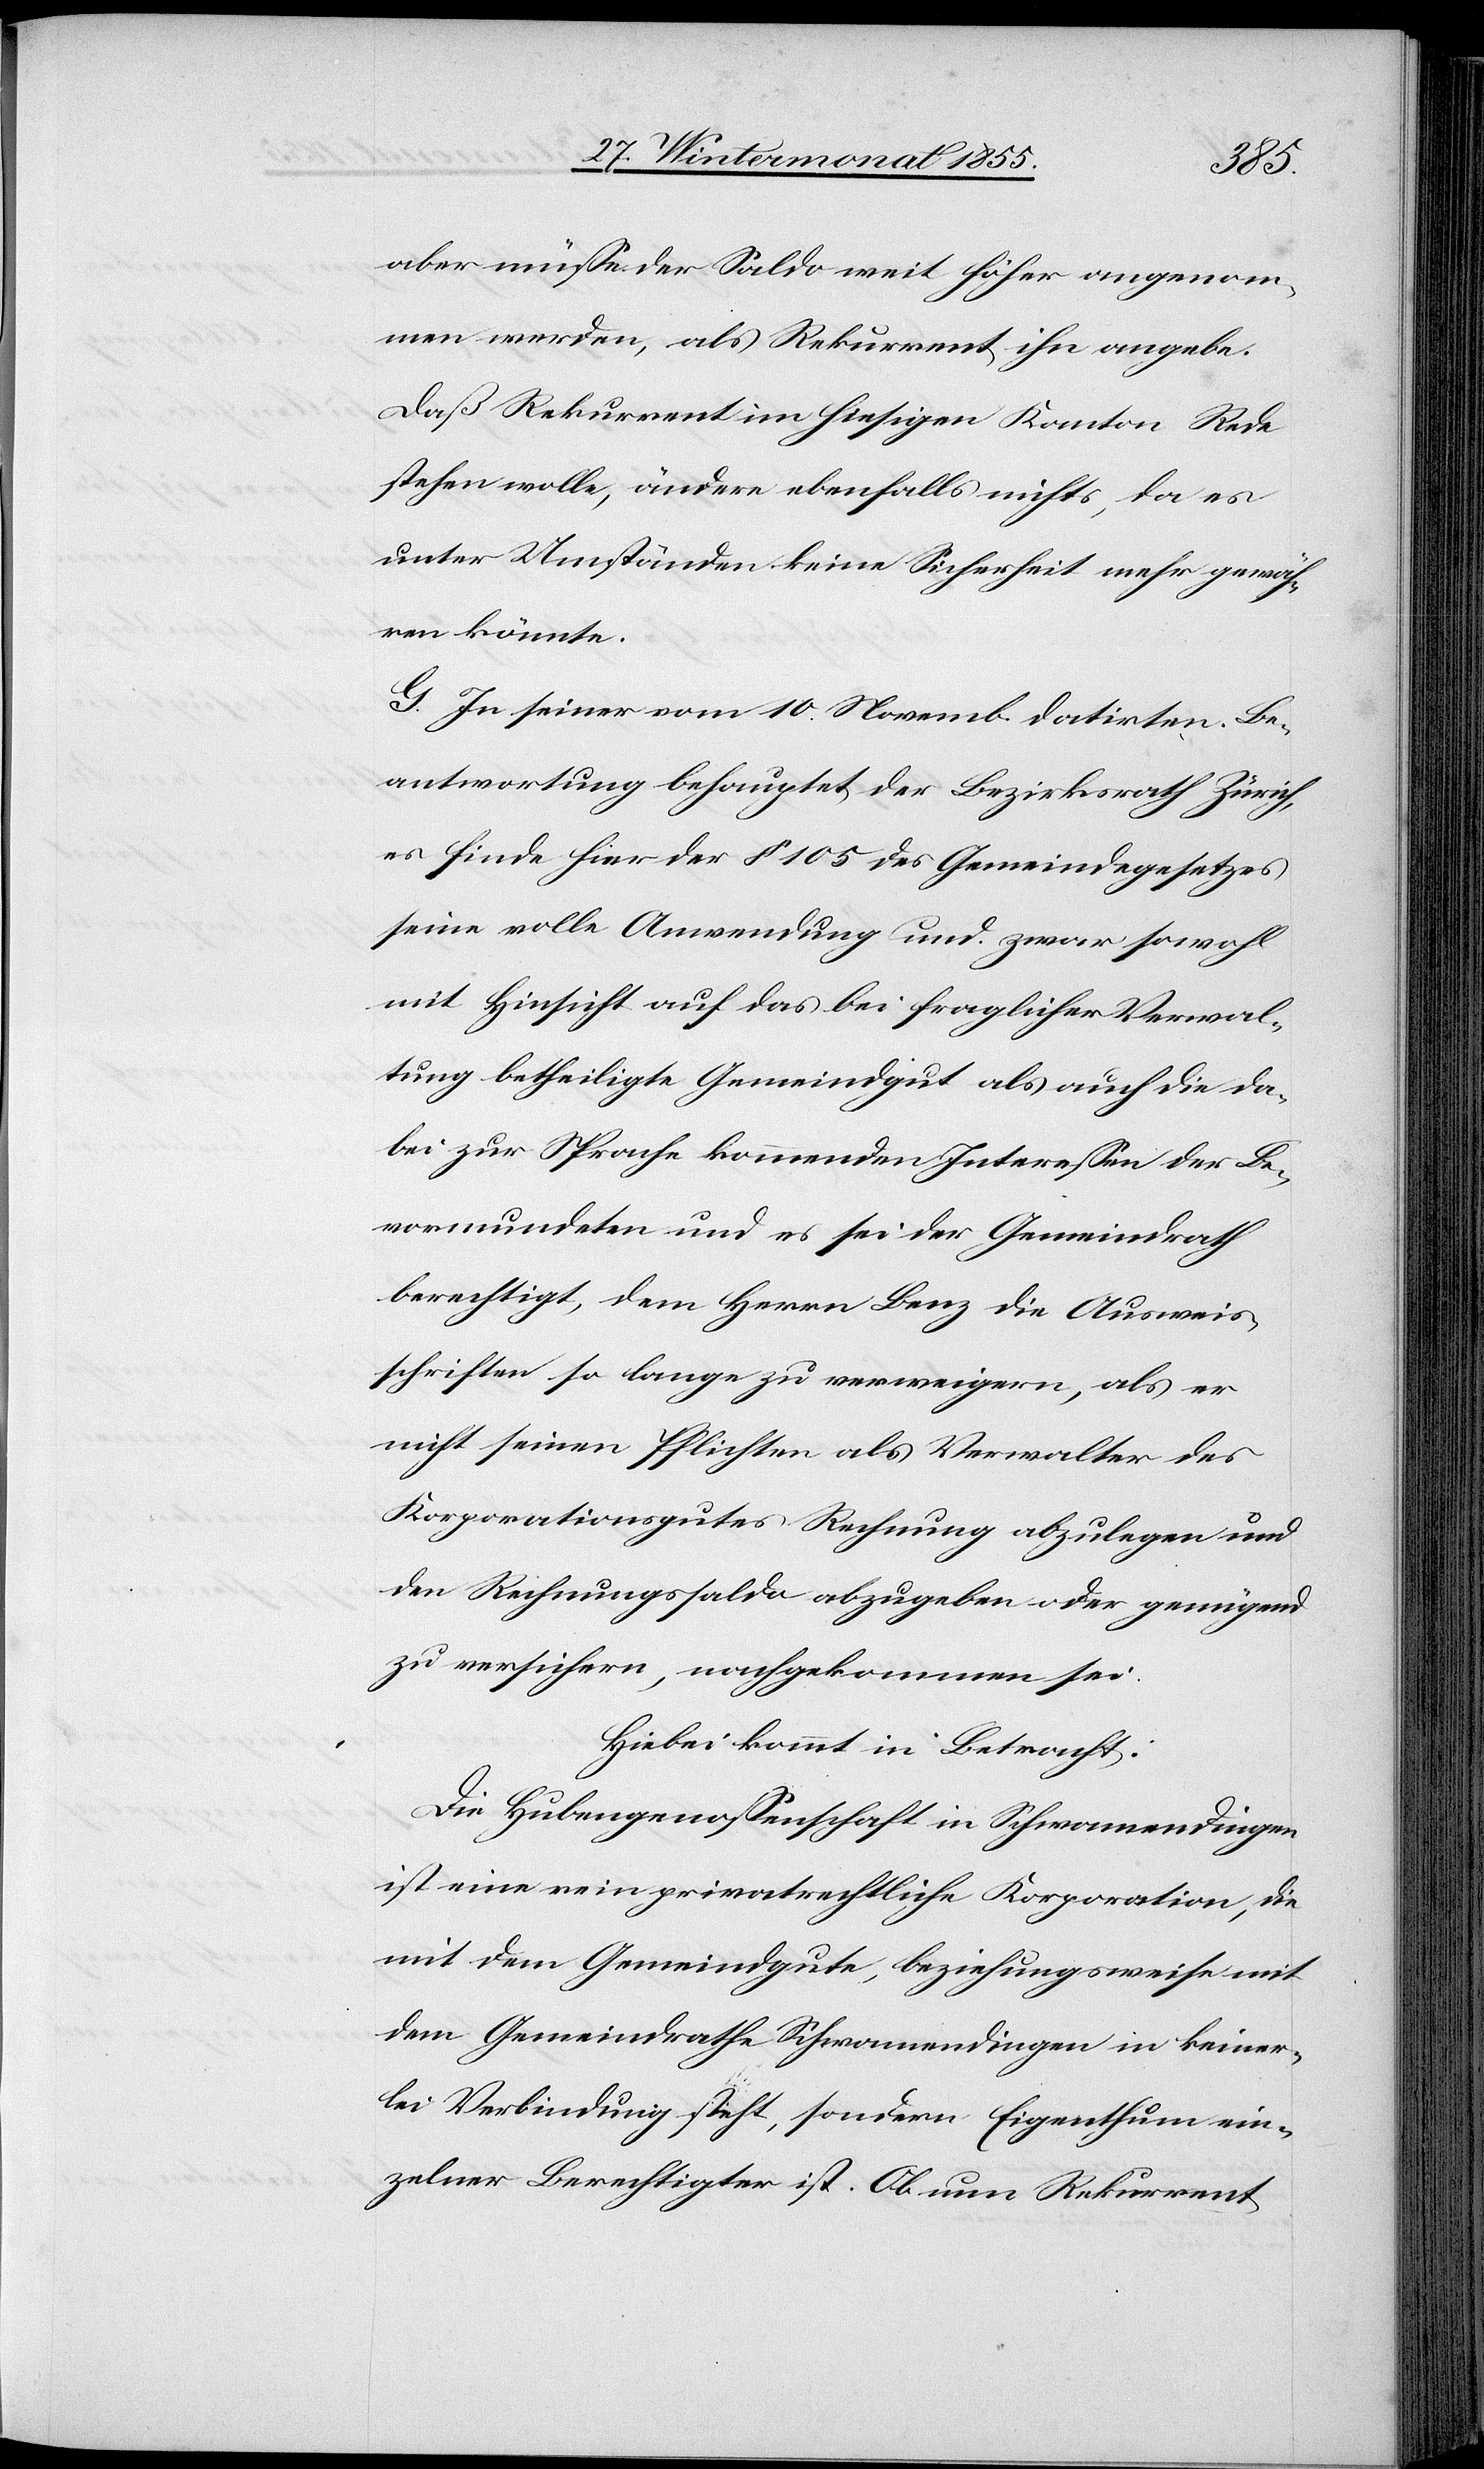
aber müsse der Saldo weit höher angenom¬
men werden, als Rekurrent ihn angebe.
Daß Rekurrent im hiesigen Kanton Rede
stehen wolle, ändere ebenfalls nichts, da es
unter Umständen keine Sicherheit mehr gewäh¬
ren könnte.
G. In seiner vom 10. Novemb. datirten Be¬
antwortung behauptet der Bezirksrath Zürich,
es finde hier der § 105 des Gemeindegesetzes
seine volle Anwendung und zwar sowohl
mit Hinsicht auf das bei fraglicher Verwal¬
tung betheiligte Gemeindgut als auch die da¬
bei zur Sprache kommenden Interessen der Be¬
vormundeten und es sei der Gemeindrath
berechtigt, dem Herrn Benz die Ausweis¬
schriften so lange zu verweigern, als er
nicht seinen Pflichten als Verwalter des
Korporationsgutes Rechnung abzulegen und
den Rechnungssaldo abzugeben oder genügend
zu versichern, nachgekommen sei.
Hiebei kommt in Betracht:
Die Hubengenossenschaft in Schwamendingen
ist eine rein privatrechtliche Korporation, die
mit dem Gemeindgute, beziehungsweise mit
dem Gemeindrathe Schwamendingen in keiner¬
lei Verbindung steht, sondern Eigenthum ein¬
zelner Berechtigter ist. Ob nun Rekurrent